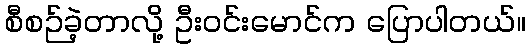
စီစဉ်ခဲ့တာလို့ ဦးဝင်းမောင်က ပြောပါတယ်။